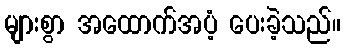
များစွာ အထောက်အပံ့ ပေးခဲ့သည်။